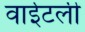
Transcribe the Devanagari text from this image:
वाईटली